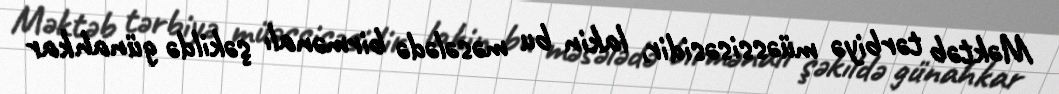
Məktəb tərbiyə müəssisəsidir, lakin bu məsələdə birmənalı şəkildə günahkar